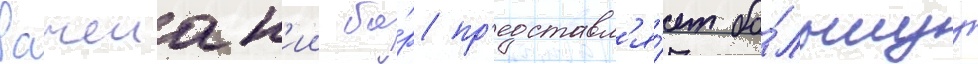
Рачеиск'ии бо́р пр'едставл'я́ет бо́льшуу